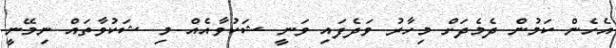
އެހެން ކަމުން ދެމެދަށް މިހާރު ވަދެފައި ވަނީ ޝަކުވާއެއް މި ޝަކުވާތައް ނިމޭނީ